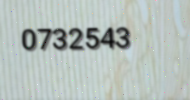
0732543